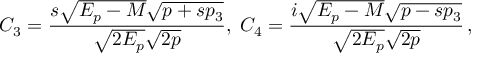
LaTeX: C _ { 3 } = { \frac { s \sqrt { E _ { p } - M } \sqrt { p + s p _ { 3 } } } { \sqrt { 2 E _ { p } } \sqrt { 2 p } } } , \; C _ { 4 } = { \frac { i \sqrt { E _ { p } - M } \sqrt { p - s p _ { 3 } } } { \sqrt { 2 E _ { p } } \sqrt { 2 p } } } \, ,